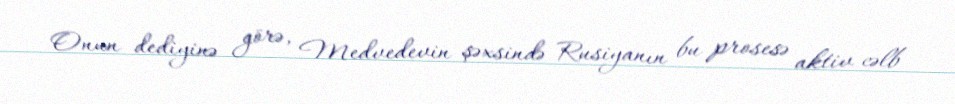
Onun dediyinə görə, Medvedevin şəxsində Rusiyanın bu prosesə aktiv cəlb